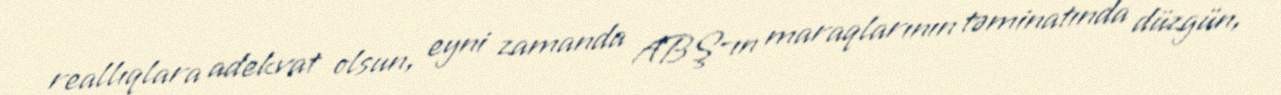
reallıqlara adekvat olsun, eyni zamanda ABŞ-ın maraqlarının təminatında düzgün,